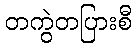
တကွဲတပြားစီ